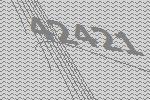
42421